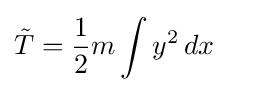
{\tilde {T}}={\frac {1}{2}}m\int y^{2}\,dx\quad